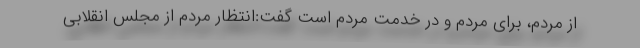
از مردم، برای مردم و در خدمت مردم است گفت:انتظار مردم از مجلس انقلابی